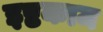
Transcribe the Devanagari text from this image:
इष्टकाम